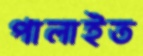
পালাইত